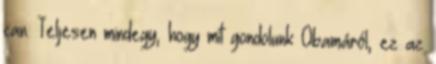
can. Teljesen mindegy, hogy mit gondolunk Obamáról, ez az